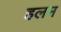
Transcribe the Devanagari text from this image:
हलम